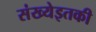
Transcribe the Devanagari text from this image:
संख्येइतकी